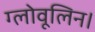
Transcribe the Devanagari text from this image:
ग्लोवूलिन।